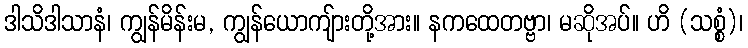
ဒါသိဒါသာနံ၊ ကျွန်မိန်းမ, ကျွန်ယောကျ်ားတို့အား။ နကထေတဗ္ဗာ၊ မဆိုအပ်။ ဟိ (သစ္စံ)၊